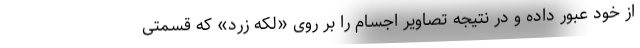
از خود عبور داده و در نتیجه تصاویر اجسام را بر روی «لکه زرد» که قسمتی